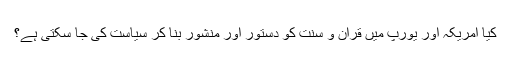
کیا امریکہ اور یورپ میں قرآن و سنت کو دستور اور منشور بنا کر سیاست کی جا سکتی ہے؟